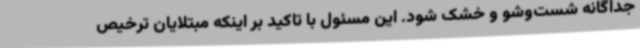
جداگانه شست‌وشو و خشک شود. این مسئول با تاکید بر اینکه مبتلایان ترخیص